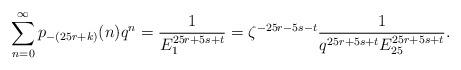
LaTeX: \begin{align*}\sum_{n=0}^{\infty}p_{-(25r+k)}(n)q^{n} &=\dfrac{1}{E_{1}^{25r+5s+t}}=\zeta^{-25r-5s-t}\dfrac{1}{q^{25r+5s+t}E_{25}^{25r+5s+t}}.\end{align*}